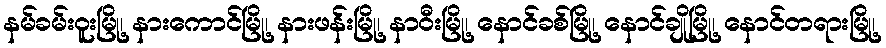
နမ်ခမ်းဝူးမြို့၊ နားကောင်မြို့၊ နားဖန်းမြို့၊ နာဝီးမြို့၊ နောင်ခစ်မြို့၊ နောင်ချိုမြို့၊ နောင်တရားမြို့၊